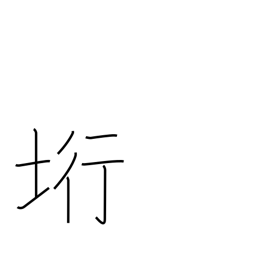
Meaning: cliff